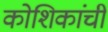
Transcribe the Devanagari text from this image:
कोशिकांची